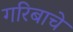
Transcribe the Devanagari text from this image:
गरिबाचे